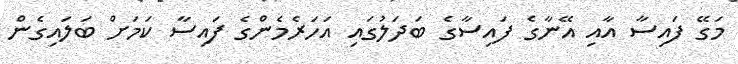
މަގޭ ފައިސާ އާއި އޭނާގެ ފައިސާގެ ބަދަލުގައި އަހަރެމެންގެ ފައިސާ ކަމަށް ބަލައިގެން